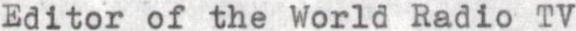
Editor of the World Radio TV